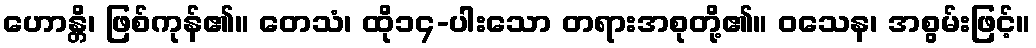
ဟောန္တိ၊ ဖြစ်ကုန်၏။ တေသံ၊ ထို၁၄-ပါးသော တရားအစုတို့၏။ ဝသေန၊ အစွမ်းဖြင့်။